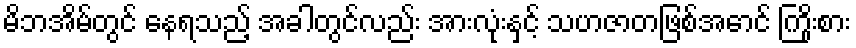
မိဘအိမ်တွင် နေရသည့် အခါတွင်လည်း အားလုံးနှင့် သဟဇာတဖြစ်အောင် ကြိုးစား